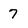
Character: 7